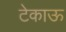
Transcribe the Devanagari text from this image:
टेकाऊ